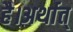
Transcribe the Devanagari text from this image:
है।अर्थात्